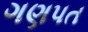
ગણપત